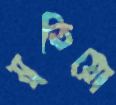
মুতিয়ো